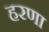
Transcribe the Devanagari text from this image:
हरणा